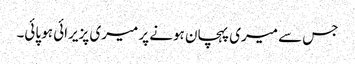
جس سے میری پہچان ہونے پر میری پزیرائی ہو پائی۔